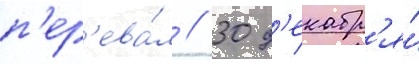
п'ер'ева́л // 30 д'екабр'я́